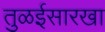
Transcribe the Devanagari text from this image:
तुळईसारखा